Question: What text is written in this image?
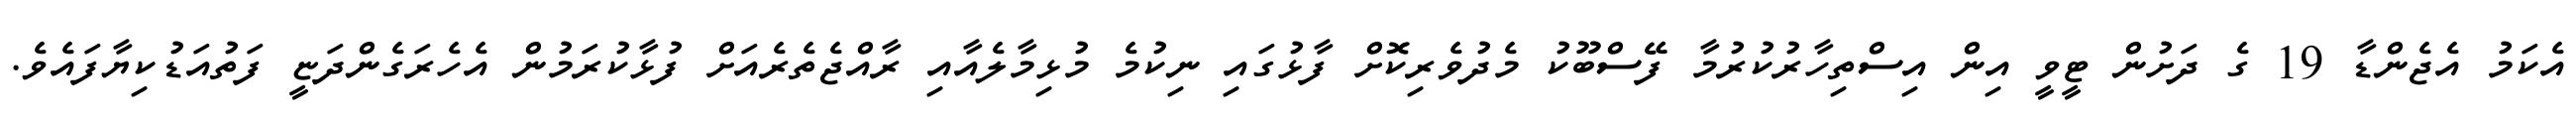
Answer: އެކަމު އެޖެންޑާ 19 ގެ ދަށުން ޓީވީ އިން އިސްތިހާރުކުރުމާ ފޭސްބޫކު މެދުވެރިކޮށް ފާޅުގައި ނިކުމެ މުޅިމާލެއާއި ރާއްޖެތެރެއަށް ފުޅާކުރަމުން އެހެރަގެންދަޏީ ފަތުއަޑުކިޔާފައެވެ.